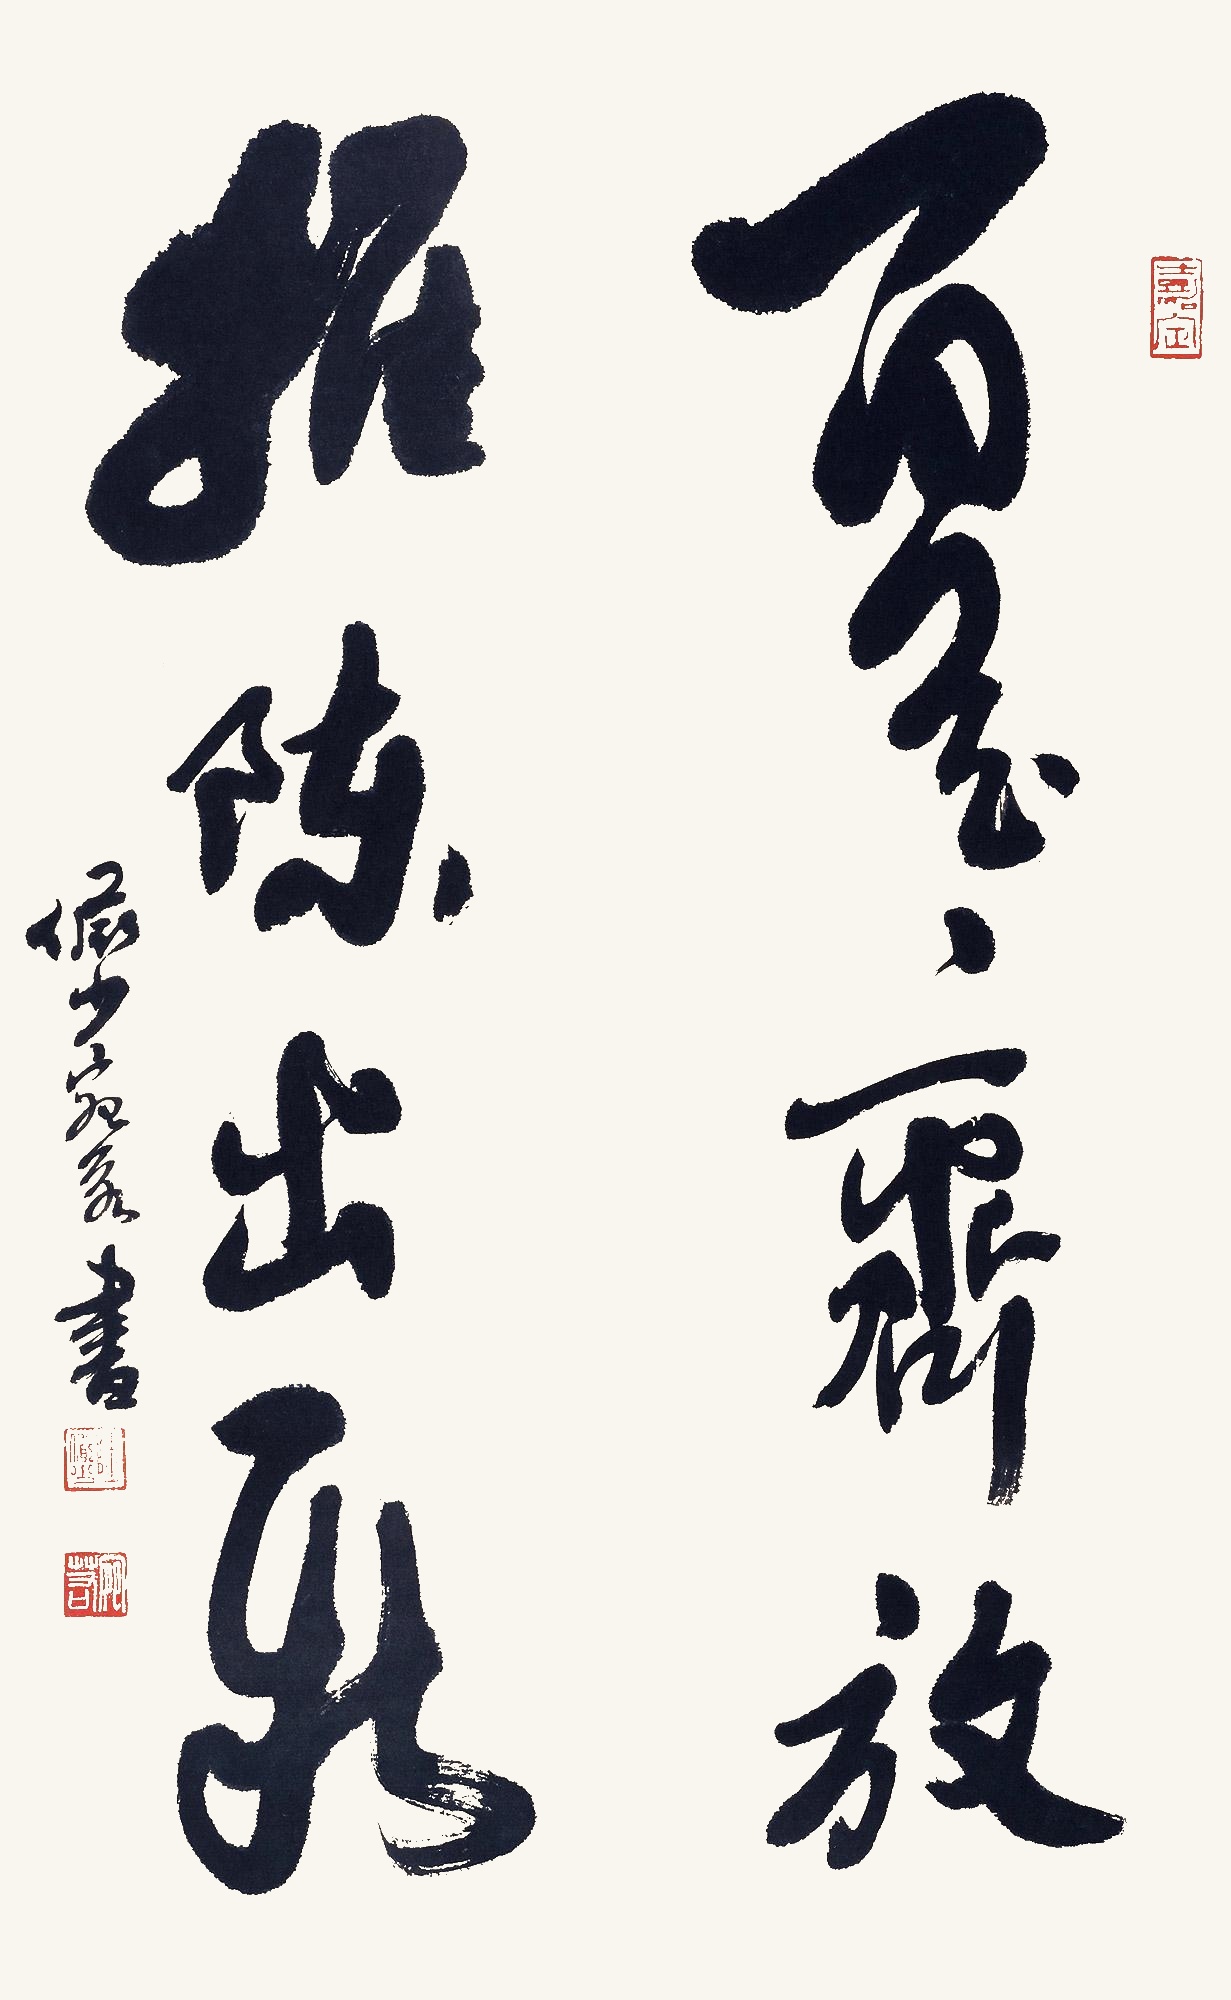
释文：百花齐放，推陈出新。俨少宛若书。